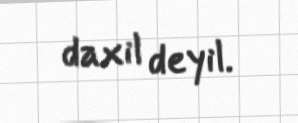
daxil deyil.